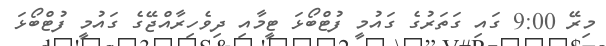
މިރޭ 9:00 ގައި ގަތަރުގެ ގައުމީ ފުޓްބޯޅަ ޓީމާއި ދިވެހިރާއްޖޭގެ ގައުމީ ފުޓްބޯޅަ